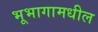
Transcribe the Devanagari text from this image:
भूभागामधील